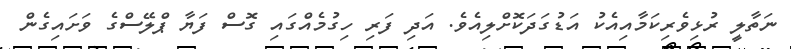
ނަތާލީ ރުޅިވެރިކަމާއިއެކު އަޑުގަދަކޮށްލިއެވެ. އަދި ފަރި ހިގުމެއްގައި ގޮސް ފަޔާ ޕްލޭސްގެ ވަށައިގެން